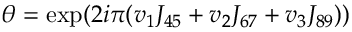
\theta = \exp ( 2 i \pi ( v _ { 1 } J _ { 4 5 } + v _ { 2 } J _ { 6 7 } + v _ { 3 } J _ { 8 9 } ) )